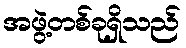
အဖွဲ့တစ်ခုရှိသည်